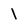
Character: 1